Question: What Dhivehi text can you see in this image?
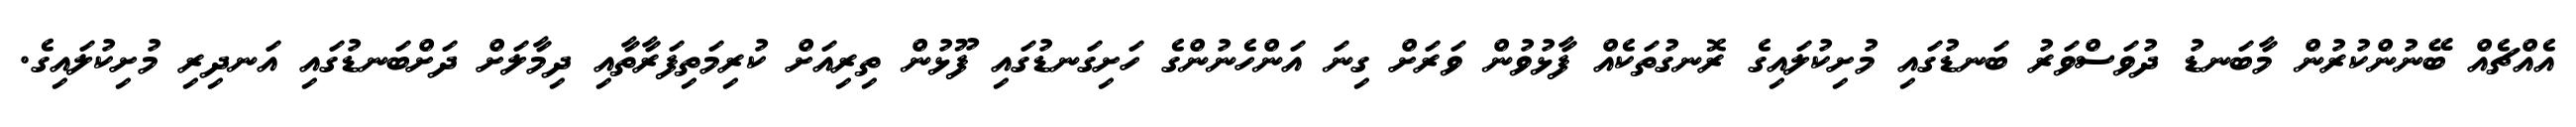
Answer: އެއްޗެއް ބޭނުންކުރުން މާބަނޑު ދުވަސްވަރު ބަނޑުގައި މުށިކުލައިގެ ރޮނގުތަކެއް ފާޅުވުން ވަރަށް ގިނަ އަންހެނުންގެ ހަށިގަނޑުގައި ފޫޅުން ތިރިއަށް ކުރިމަތިފަރާތާއި ދިމާލަށް ދަށްބަނޑުގައި އަނދިރި މުށިކުލައިގެ.